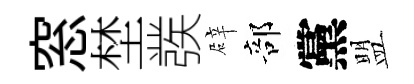
窓埜彂辟部黨盟